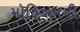
મોહિઝમની